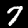
Label: 7